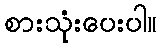
စားသုံးပေးပါ။